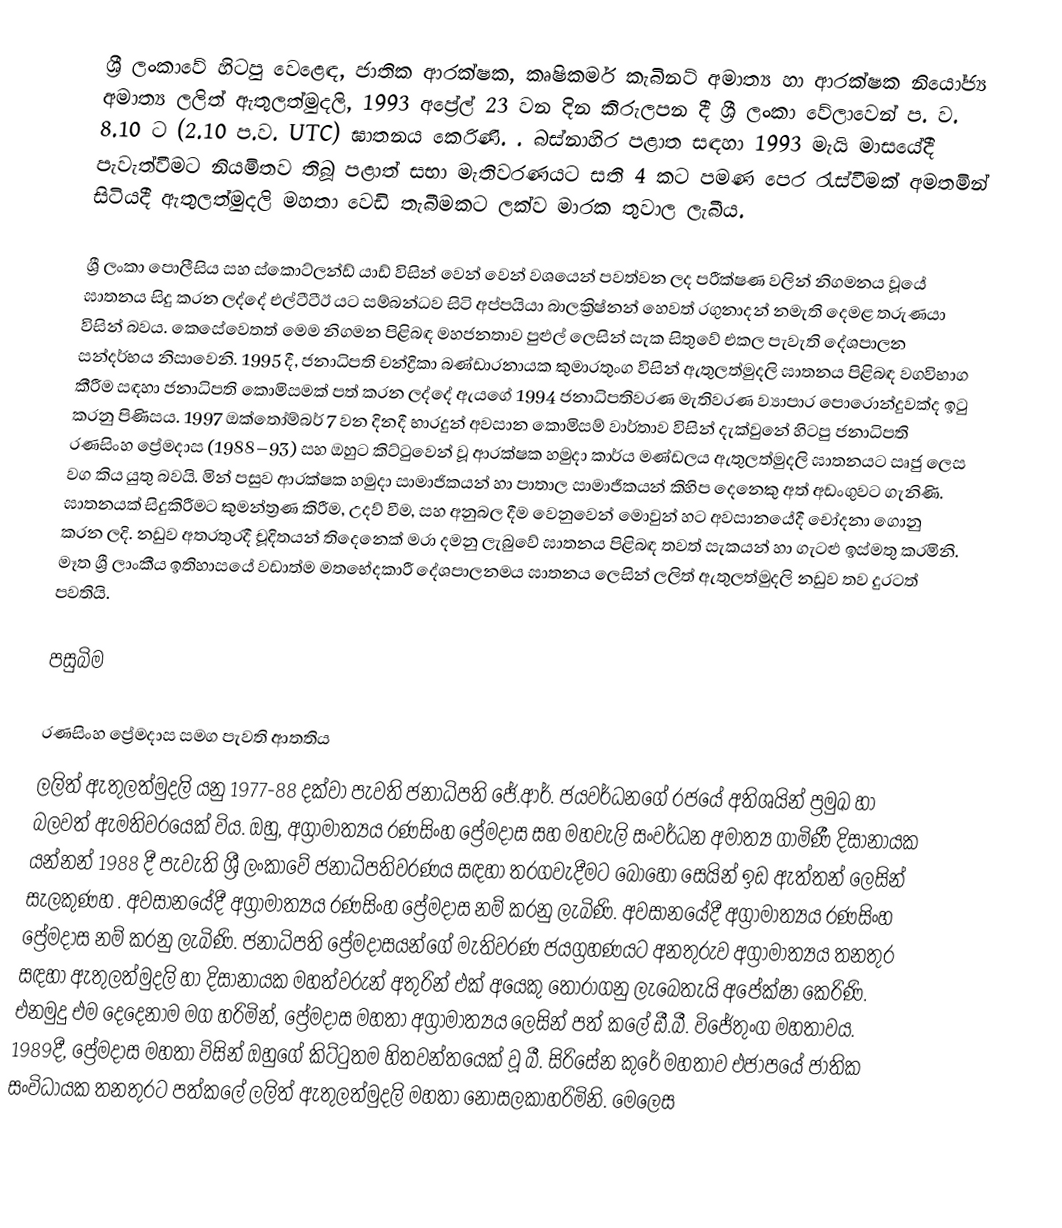
ශ්‍රී ලංකාවේ හිටපු වෙළෙඳ, ජාතික ආරක්ෂක, කෘෂිකර්ම කැබිනට් අමාත්‍ය හා ආරක්ෂක නියෝජ්‍ය අමාත්‍ය  ලලිත් ඇතුලත්මුදලි, 1993 අප්‍රේල් 23 වන දින කිරුලපන දී ශ්‍රී ලංකා වේලාවෙන් ප. ව. 8.10 ට (2.10 ප.ව. UTC) ඝාතනය කෙරිණි. . බස්නාහිර පළාත සඳහා 1993 මැයි මාසයේදී පැවැත්වීමට නියමිතව තිබූ පළාත් සභා මැතිවරණයට සති 4 කට පමණ පෙර රැස්වීමක් අමතමින් සිටියදී ඇතුලත්මුදලි මහතා වෙඩි තැබීමකට ලක්ව මාරක තුවාල ලැබීය.

ශ්‍රී ලංකා පොලීසිය සහ ස්කොට්ලන්ඩ් යාඩ් විසින් වෙන් වෙන් වශයෙන්  පවත්වන ලද පරීක්ෂණ වලින් නිගමනය වූයේ ඝාතනය සිදු කරන ලද්දේ   එල්ටීටීඊ යට සම්බන්ධව සිටි අප්පයියා බාලක්‍රිෂ්නන් හෙවත් රගුනාදන් නමැති දෙමළ තරුණයා විසින්  බවය. කෙසේවෙතත් මෙම නිගමන පිළිබඳ මහජනතාව පුළුල් ලෙසින් සැක සිතුවේ එකල පැවැති දේශපාලන සන්දර්භය නිසාවෙනි. 1995 දී, ජනාධිපති චන්ද්‍රිකා බණ්ඩාරනායක කුමාරතුංග විසින්  ඇතුලත්මුදලි ඝාතනය පිළිබඳ වගවිභාග කීරීම සඳහා ජනාධිපති කොමිසමක් පත් කරන ලද්දේ ඇයගේ 1994 ජනාධිපතිවරණ මැතිවරණ ව්‍යාපාර පොරොන්දුවක්ද ඉටු කරනු පිණිසය. 1997 ඔක්තෝම්බර් 7 වන දිනදී භාරදුන් අවසාන කොමිසම් වාර්තාව විසින් දැක්වුනේ හිටපු ජනාධිපති රණසිංහ ප්‍රේමදාස (1988–93) සහ ඔහුට කිට්ටුවෙන් වූ ආරක්ෂක හමුදා කාර්ය මණ්ඩලය ඇතුලත්මුදලි ඝාතනයට සෘජු ලෙස වග කිය යුතු බවයි.  මින් පසුව ආරක්ෂක හමුදා සාමාජිකයන් හා පාතාල සාමාජීකයන් කිහිප දෙනෙකු අත් අඩංගුවට ගැනිණි. ඝාතනයක් සිදුකිරීමට කුමන්ත්‍රණ කිරීම, උදව් වීම, සහ අනුබල දීම වෙනුවෙන් මොවුන් හට අවසානයේදී චෝදනා ගොනු කරන ලදි. නඩුව අතරතුරදී චූදිතයන් තිදෙනෙක් මරා දමනු ලැබුවේ ඝාතනය පිළිබඳ තවත් සැකයන් හා ගැටළු ඉස්මතු කරමිනි. මෑත ශ්‍රී ලාංකීය ඉතිහාසයේ වඩාත්ම මතභේදකාරී දේශපාලනමය ඝාතනය ලෙසින් ලලිත් ඇතුලත්මුදලි නඩුව තව දුරටත් පවතියි.

පසුබිම

රණසිංහ ප්‍රේමදාස සමග පැවති ආතතිය
ලලිත් ඇතුලත්මුදලි යනු  1977-88 දක්වා පැවති ජනාධිපති ජේ.ආර්. ජයවර්ධනගේ රජයේ අතිශයින් ප්‍රමුඛ හා බලවත් ඇමතිවරයෙක් විය. ඔහු, අග්‍රාමාත්‍යය රණසිංහ ප්‍රේමදාස සහ මහවැලි සංවර්ධන අමාත්‍ය ගාමිණී දිසානායක යන්නන්  1988 දී පැවැති ශ්‍රී ලංකාවේ ජනාධිපතිවරණය සඳහා තරගවැදීමට බොහෝ සෙයින් ඉඩ ඇත්තන් ලෙසින් සැලකුණහ . අවසානයේදී අග්‍රාමාත්‍යය රණසිංහ ප්‍රේමදාස නම් කරනු ලැබිණි. අවසානයේදී අග්‍රාමාත්‍යය රණසිංහ ප්‍රේමදාස නම් කරනු ලැබිණි. ජනාධිපති  ප්‍රේමදාසයන්ගේ මැතිවරණ ජයග්‍රහණයට අනතුරුව අග්‍රාමාත්‍යය තනතුර සඳහා ඇතුලත්මුදලි හා දිසානායක මහත්වරුන් අතුරින් එක් අයෙකු තෝරාගනු ලැබෙතැයි අපේක්ෂා කෙරිණි. එනමුදු එම දෙදෙනාම මග හරිමින්, ප්‍රේමදාස මහතා අග්‍රාමාත්‍යය ලෙසින් පත් කලේ ඩී.බී. විජේතුංග මහතාවය. 1989දී, ප්‍රේමදාස මහතා විසින් ඔහුගේ කිට්ටුතම හිතවන්තයෙක් වූ බී. සිරිසේන කුරේ  මහතාව එජාපයේ ජාතික සංවිධායක තනතුරට පත්කලේ ලලිත් ඇතුලත්මුදලි මහතා නොසලකාහරිමිනි. මෙලෙස